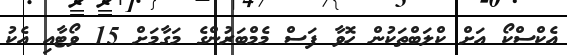
އެކްސްކޯ އަށް ކްލަބްތަކުން ހޮވާ ފަސް މެމްބަރުންގެ މަގާމަށް 15 ވޯޓާއި އެކު